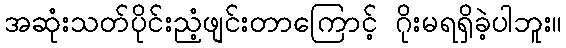
အဆုံးသတ်ပိုင်းညံ့ဖျင်းတာကြောင့် ဂိုးမရရှိခဲ့ပါဘူး။